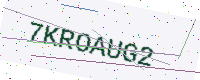
Text: 7KROAUG2